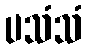
ပသံသံ